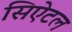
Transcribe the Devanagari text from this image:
सिऐटल